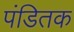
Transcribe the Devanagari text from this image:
पंडितक